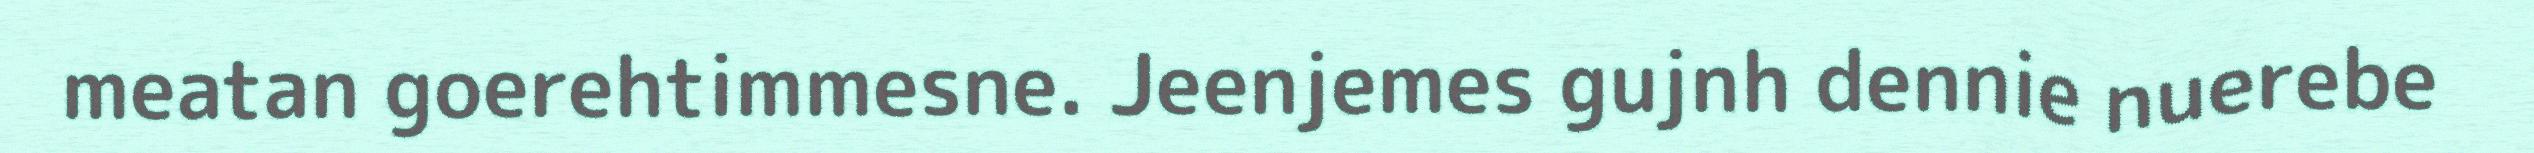
meatan goerehtimmesne. Jeenjemes gujnh dennie nuerebe